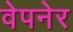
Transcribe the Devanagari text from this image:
वेपनेर